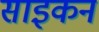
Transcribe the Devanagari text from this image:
साइकन